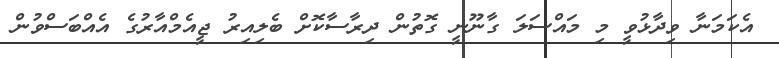
އެކަމަނާ ވިދާޅުވީ މި މައްސަލަ ގާނޫނީ ގޮތުން ދިރާސާކޮށް ބެލިއިރު ޖީއެމްއާރުގެ އެއްބަސްވުން